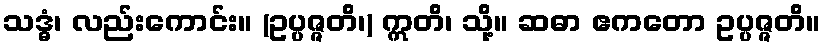
သဒ္ဓံ၊ လည်းကောင်း။ (ဥပ္ပဇ္ဇတိ၊) ဣတိ၊ သို့။ ဆဓာ ဧကတော ဥပ္ပဇ္ဇတိ။